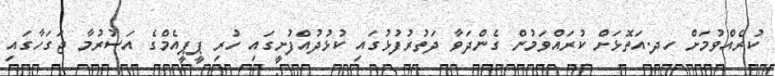
ކުރެއްވުމަށް ހދ.އަތޮޅަށް ކުރައްވަމުން ގެންދަވާ ދަތުރުފުޅުގައި ކުޅުދުއްފުށީގައި ހުރި ޕީޕީއެމްގެ އަސުރުމާ ޖަގަހާގައި